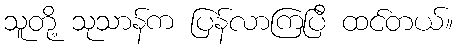
သူတို့ သုသာန်က ပြန်လာကြပြီ ထင်တယ်။